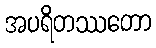
အပရိတဿတော